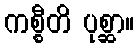
ကစ္စီတိ ပုစ္ဆာ။